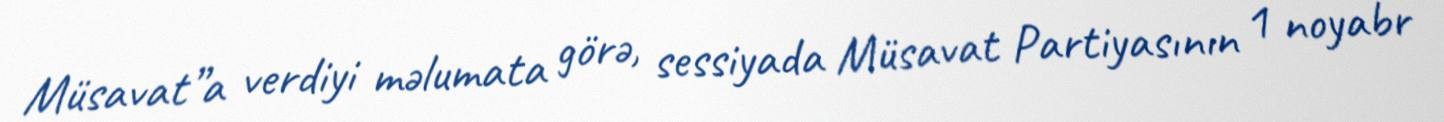
Müsavat”a verdiyi məlumata görə, sessiyada Müsavat Partiyasının 1 noyabr